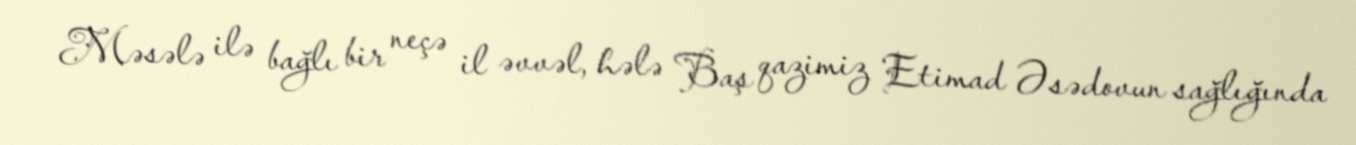
Məsələ ilə bağlı bir neçə il əvvəl, hələ Baş qazimiz Etimad Əsədovun sağlığında